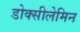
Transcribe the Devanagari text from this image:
डोक्सीलेमिन